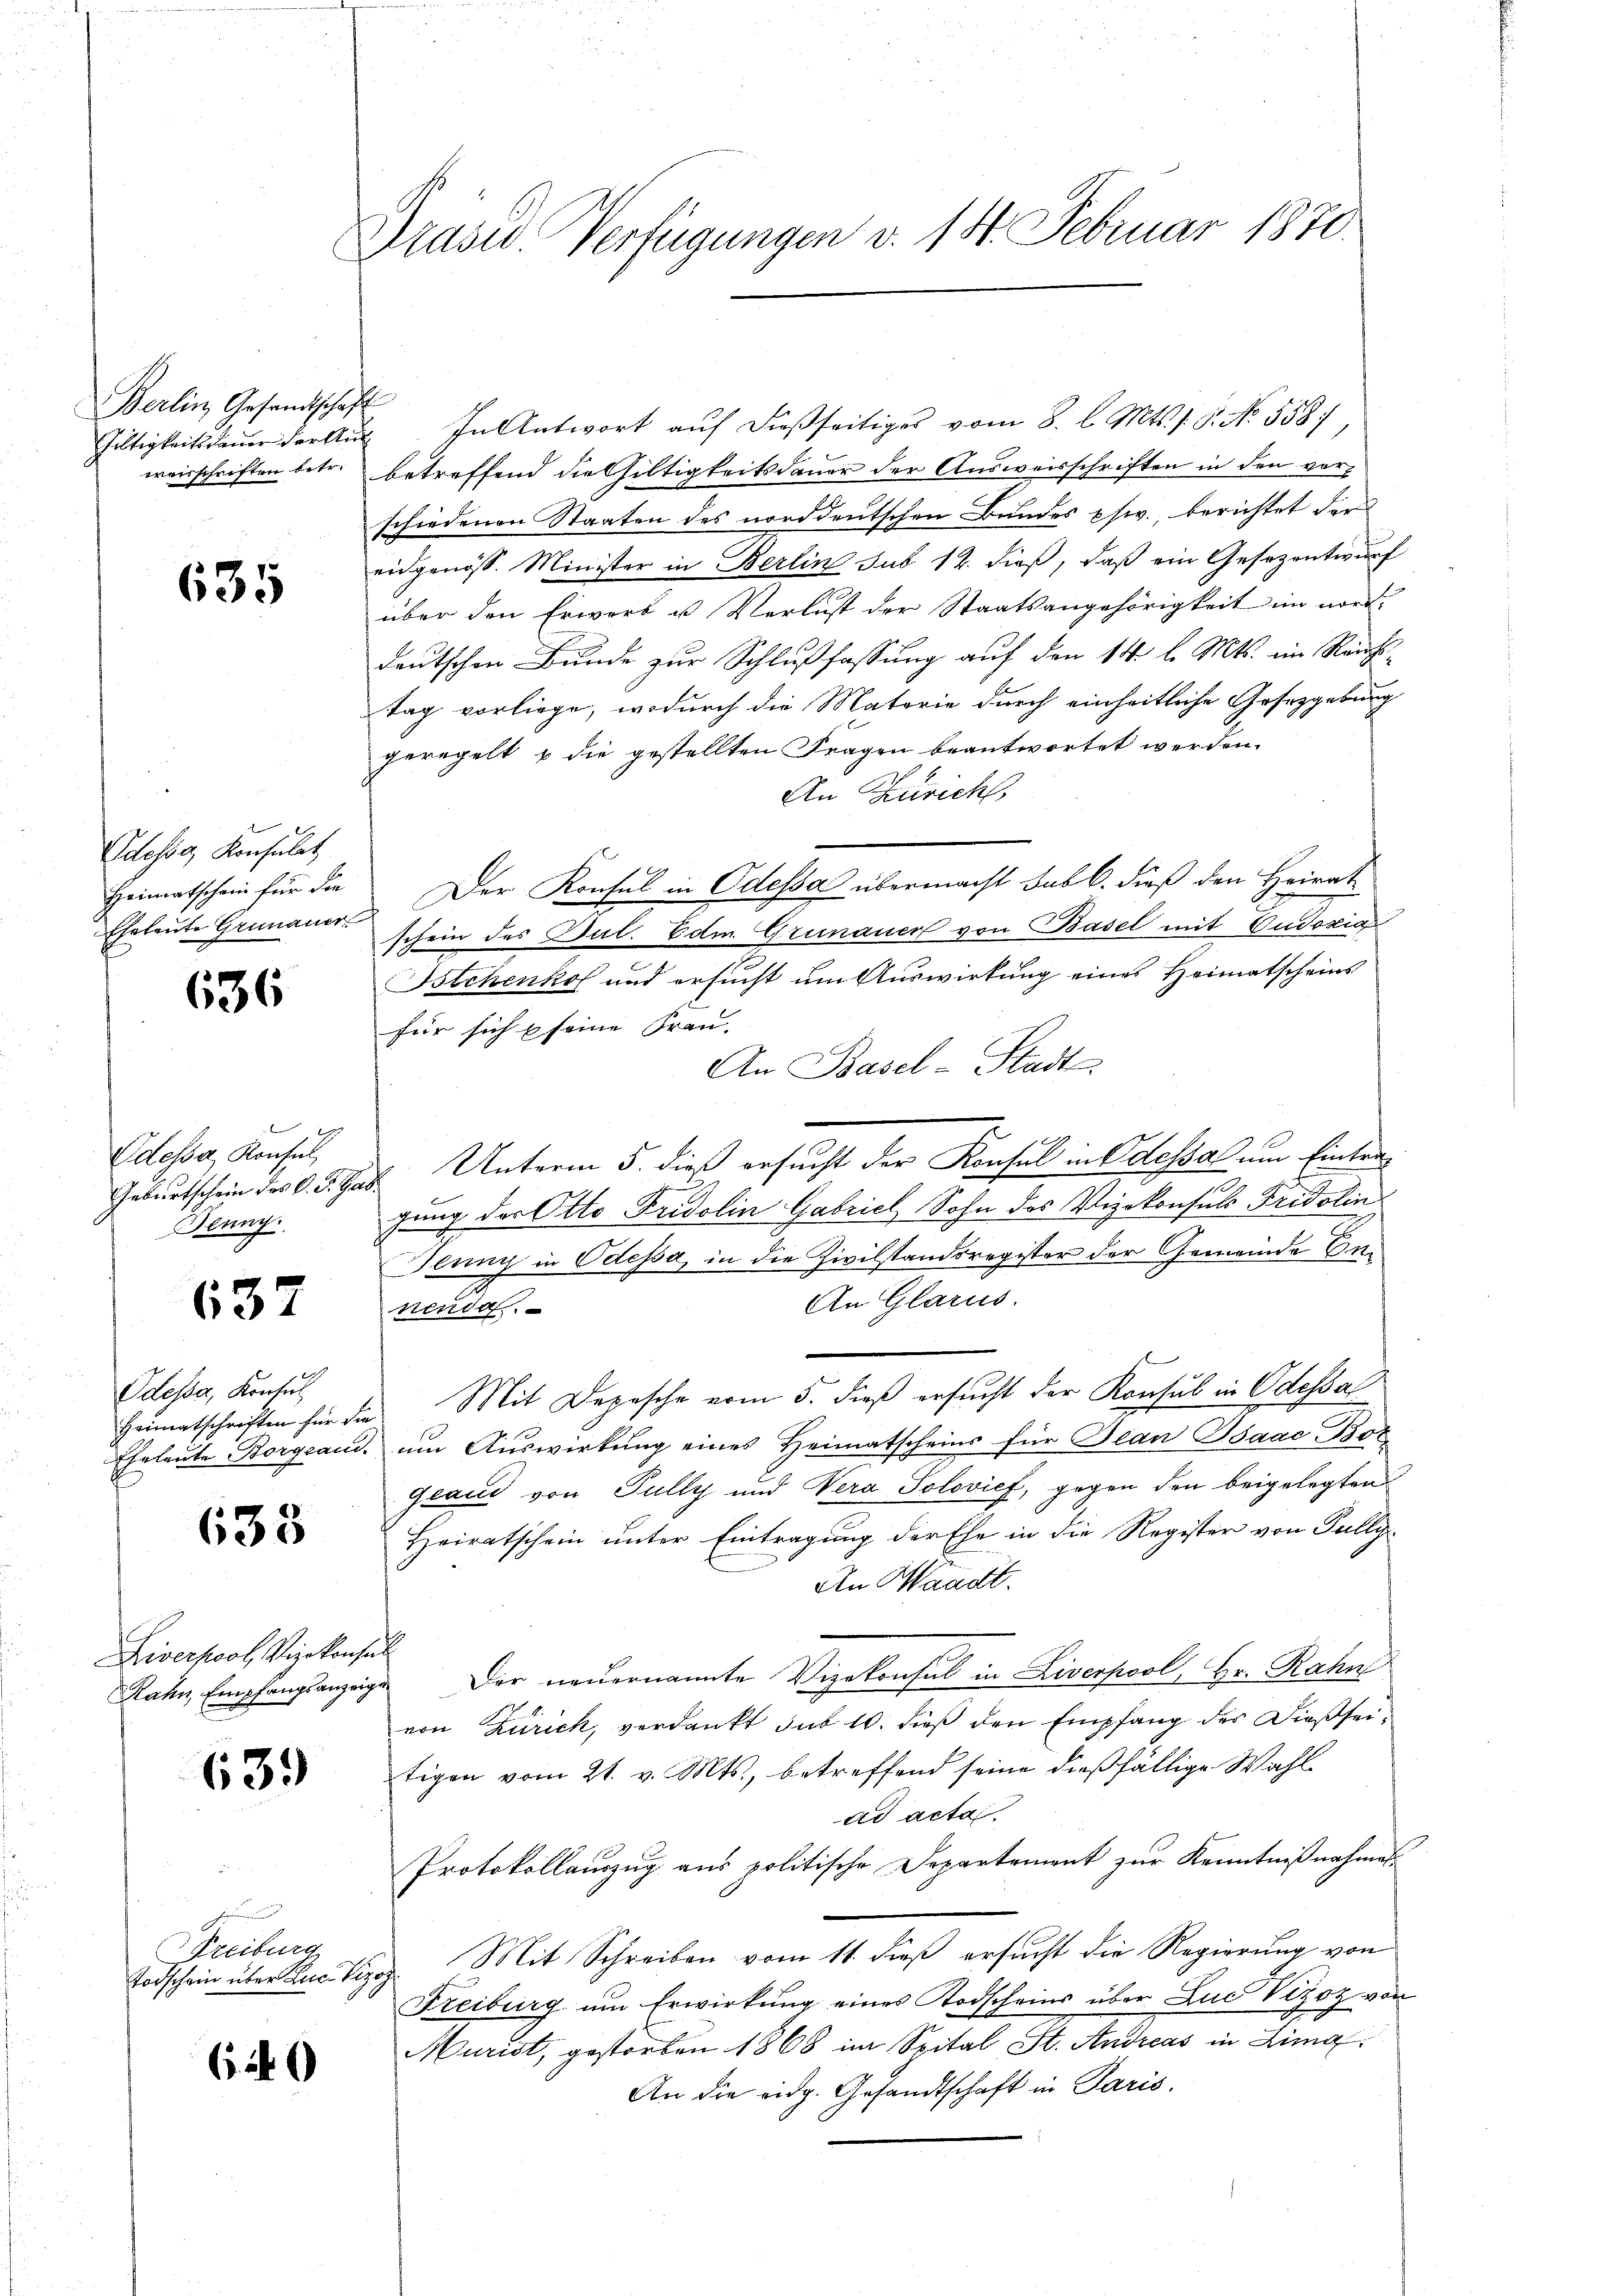
Berlin Gesandtschaft
weisschriften betr.

635

Odessa Konsulat
Heimatschein für die
Eheleute Grünauer

636

Odessa, Konsul
Geburtschein des C. R. Ga
Deung

637

Odessa, Konsul
Heimatschriften für die
Eheleute Borgean

633

Riverpool, Vizekonse
Rahn, Empfangsanzeig

639

Niciturt
Todschein über Luc Vizoz

(140

Präsid. Verfügungen v. 14. Februar 1870.

Gültigkeitsdaŭer der Aŭs In Antwort aŭf dießseitiges vom 8. l. Mts. s. S. No. 558),
betreffend die Gültigkeitsdauer der Ausweisschriften in den vorschiedenen Staaten des norddeutschen Bandes pfiv., berichtet der
eidgenöss. Minister in Berlin sub. 12. dieß, daß ein Gesezentwurf
über den Erwerb u. Verlust der Staatsangehörigkeit im nor-
deutschen Bunde zur Schlußfassung auf den 14. l. Mts. im Reichstag vorliege, wodurch die Materie durch einheitliche Gesetzgebung
geregelt u die gestellten Fragen beantwortet werden.
An Zürich,
Der Konsul in Odessa übermacht sub b. dieß den Heirat
schein des Jul. Edm. Grenauer von Basel mit Gudoxia
Istchenkof und ersucht um Auswirkung eines Heimatscheins
für sich u seine Frau-
An Basel-Stadt
 Unterm 5. dieß ersucht der Konsul in Odessal um Eintregung der Otto Fridolin Gabrich Sohn des Vizekonsuls Fridolin
Jenny in Odessa, in die Zivilstandsregister der Gemeinde Em¬
An Glarus.
nenda
Mit Depesche vom 5. dieβ ersucht der Konsul in Odessa
um Auswirkung eines Heimatscheins für Jean Isaac Bot
Grand von Fully und Vera Solovich, gegen den beigelegten
Heiratschein unter Eintragung der Ehe in die Register von Fully¬
An Waadt.
h
i. Der neuernannte Vizekonsul in Liverpool, Hr. Rahn
von Zürich, verdankt sub 10. dieß den Empfang der Dießseitigen vom 21. v. Mts., betreffend seine dießfällige Wahlad acta
Protokollauszug aus politische Departement zur Kenntnißnahmes
Mit Schreiben vom 11. dieß ersucht die Regierung von
Freiburg um Erwirkung eines Todscheins über und Vizoz von
Murist, gestorben 1868 im Spital St. Andreas in Lina
An die eidg. Gesandtschaft in Paris,